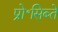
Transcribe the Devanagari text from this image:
प्रो॰सिब्ते